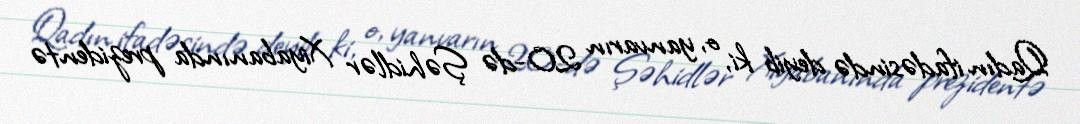
Qadın ifadəsində deyib ki, o, yanvarın 20-də Şəhidlər Xiyabanında prezidentə